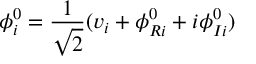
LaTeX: \phi _ { i } ^ { 0 } = { \frac { 1 } { \sqrt { 2 } } } ( v _ { i } + \phi _ { R i } ^ { 0 } + i \phi _ { I i } ^ { 0 } )